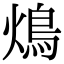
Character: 䲴